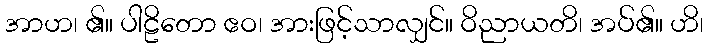
အာဟ၊ ၏။ ပါဠိတော ဧဝ၊ အားဖြင့်သာလျှင်။ ဝိညာယတိ၊ အပ်၏။ ဟိ၊